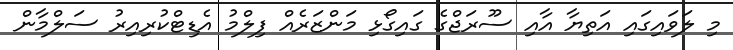
މި ލަވައިގައި އަތިޔާ އާއި ސޫރަޖްގެ ގައިގޯޅި މަންޒަރެއް ފިލްމު އެޑިޓްކުރިއިރު ސަލްމާން